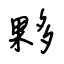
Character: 夥